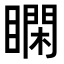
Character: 𥊺